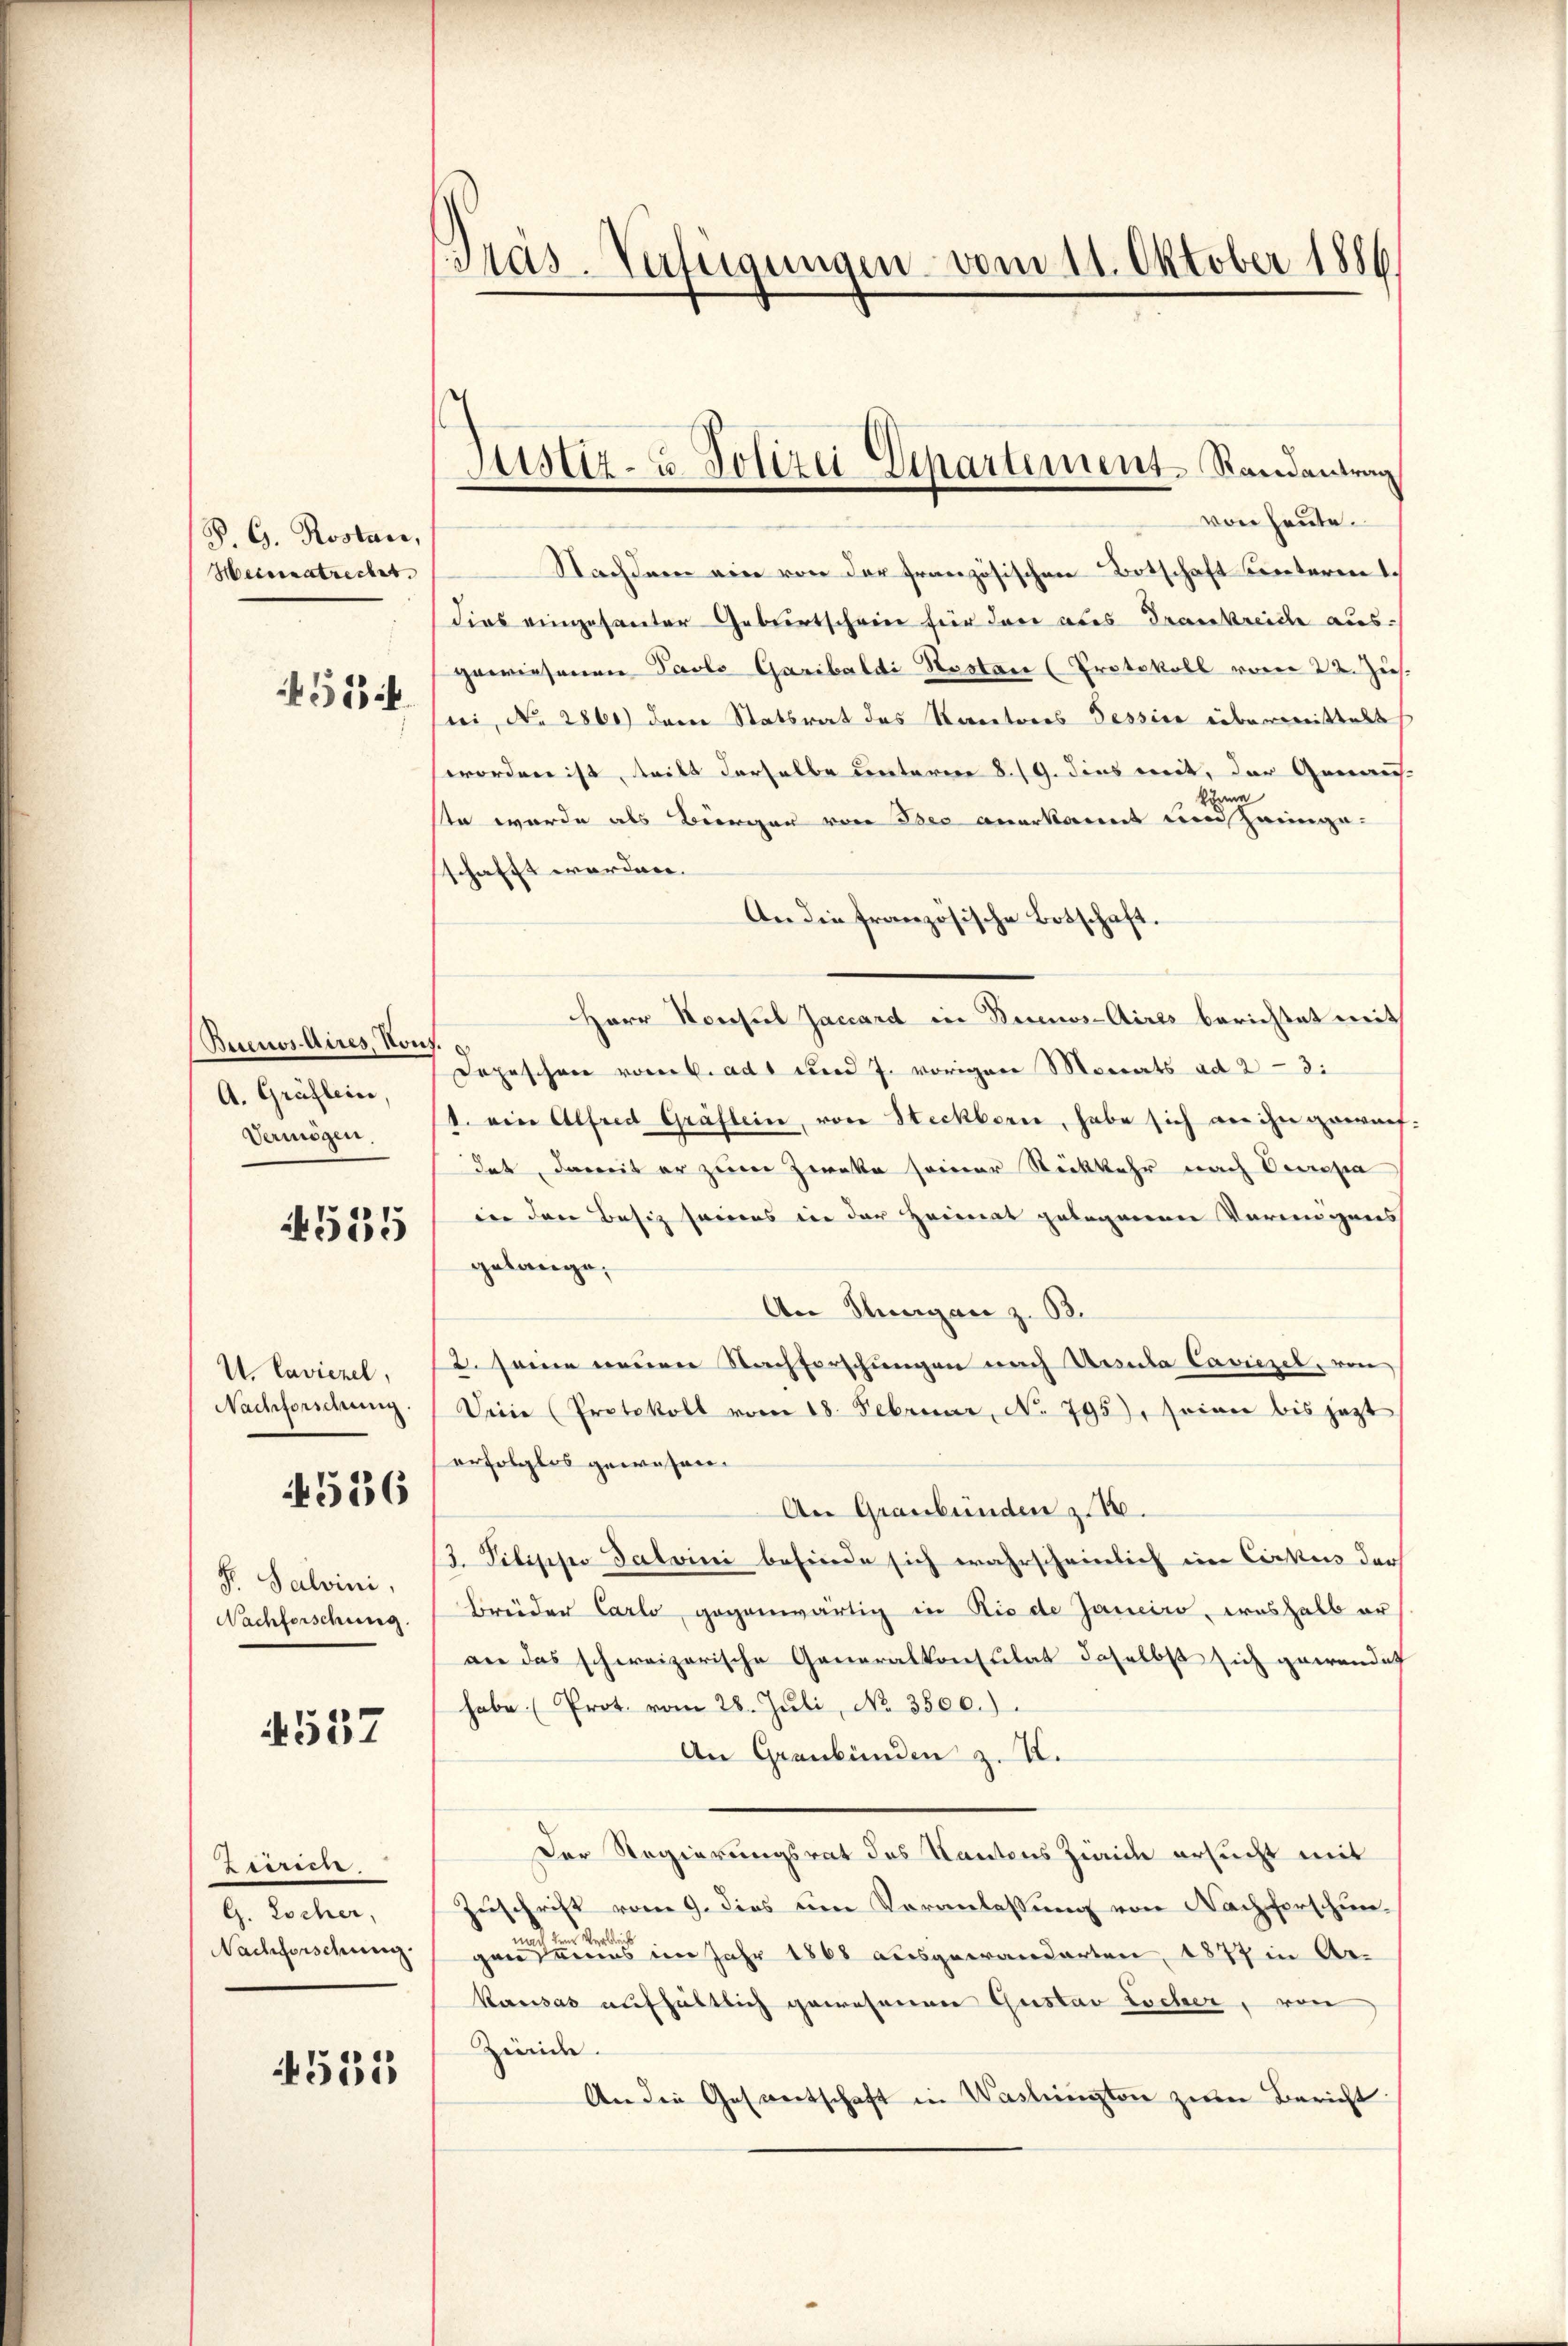
P. G. Rostan
Hecessatrechet.
451

Besenos Aires, von
A. Gräflein,
Vermögen.

4515

U. Caviezel,
Nachforschung.

4556

S. Salvini,
Nachforschung.

4557

Zürich.
G. Zscher,
Nachforschung.

4535

Präs. Verfügungen vom 11. Oktober 1886

von heute.
Nachdem ein von der französischen Botschaft hinteren
dies eingesanter Geburtscheine für dare aber Frankreiche ausgewiesenen Parlo Garibaldi Rostan (Protokoll vom 22. Jus
ri, No 2860) dann Statsrat des Rectores Tessin übermittelt
worden ist, tritt derselbe unterm 8./9. dies mit, der Genaus-
körn
ste wurde als Bürgen von des anerkannt und hingeschafft worden.
An die französische Botschaft
Herr Konsul Jaccard in Bews-Aires berichtet mith
Depeschen vom k. ad 1 und J. vorigen Monats ad 23:
1. ein Alfred Gräflein, von Steckborn, habe sich an ihn gewen
des, damit er zum Zwecke seiner Rückkehr nach Decrepa
in den Besiz seines in der Heimat gelegenen Vermögens
gelange,
An Thurgan z. B.
12. seine neuen Nachforschungen nach Ursula Caviezel, von
Deine (Protokoll vom 18. Februar, No. 795), seine bis jetzt
erfolglos gewesen.
An Graubünden z. B.
3. Pilippo Salvini befinde sich wahrscheinlich ein Cirkus der
brüder Carlo gegenwärtig in Rio de Janeiro, weshalb er
an das schweizerische Generalkonsulat daselbst sich gewendet
habe (Prot. vom 28. Jŭli, No. 3500.)
An Graubünden z. K.
Der Regierungsrat des Kantons Zweid ersucht mit
Zuschrift vom 9. dies um Voranlassung von Nachforschund und verlich
gen seines im Jahr 1868 ausgewanderten, 1877 in Arkausas aufhältlich gewesenen Gustav Locher, von
Zinide.
An die Gesantschaft in Waslington zum Bericht:

Justiz- u. Polizei Departement-Randantrag